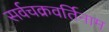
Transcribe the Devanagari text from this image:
सर्वचक्रवर्तिनाम